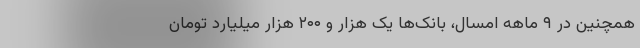
همچنین در ۹ ماهه امسال، بانک‌ها یک هزار و ۲۰۰ هزار میلیارد تومان